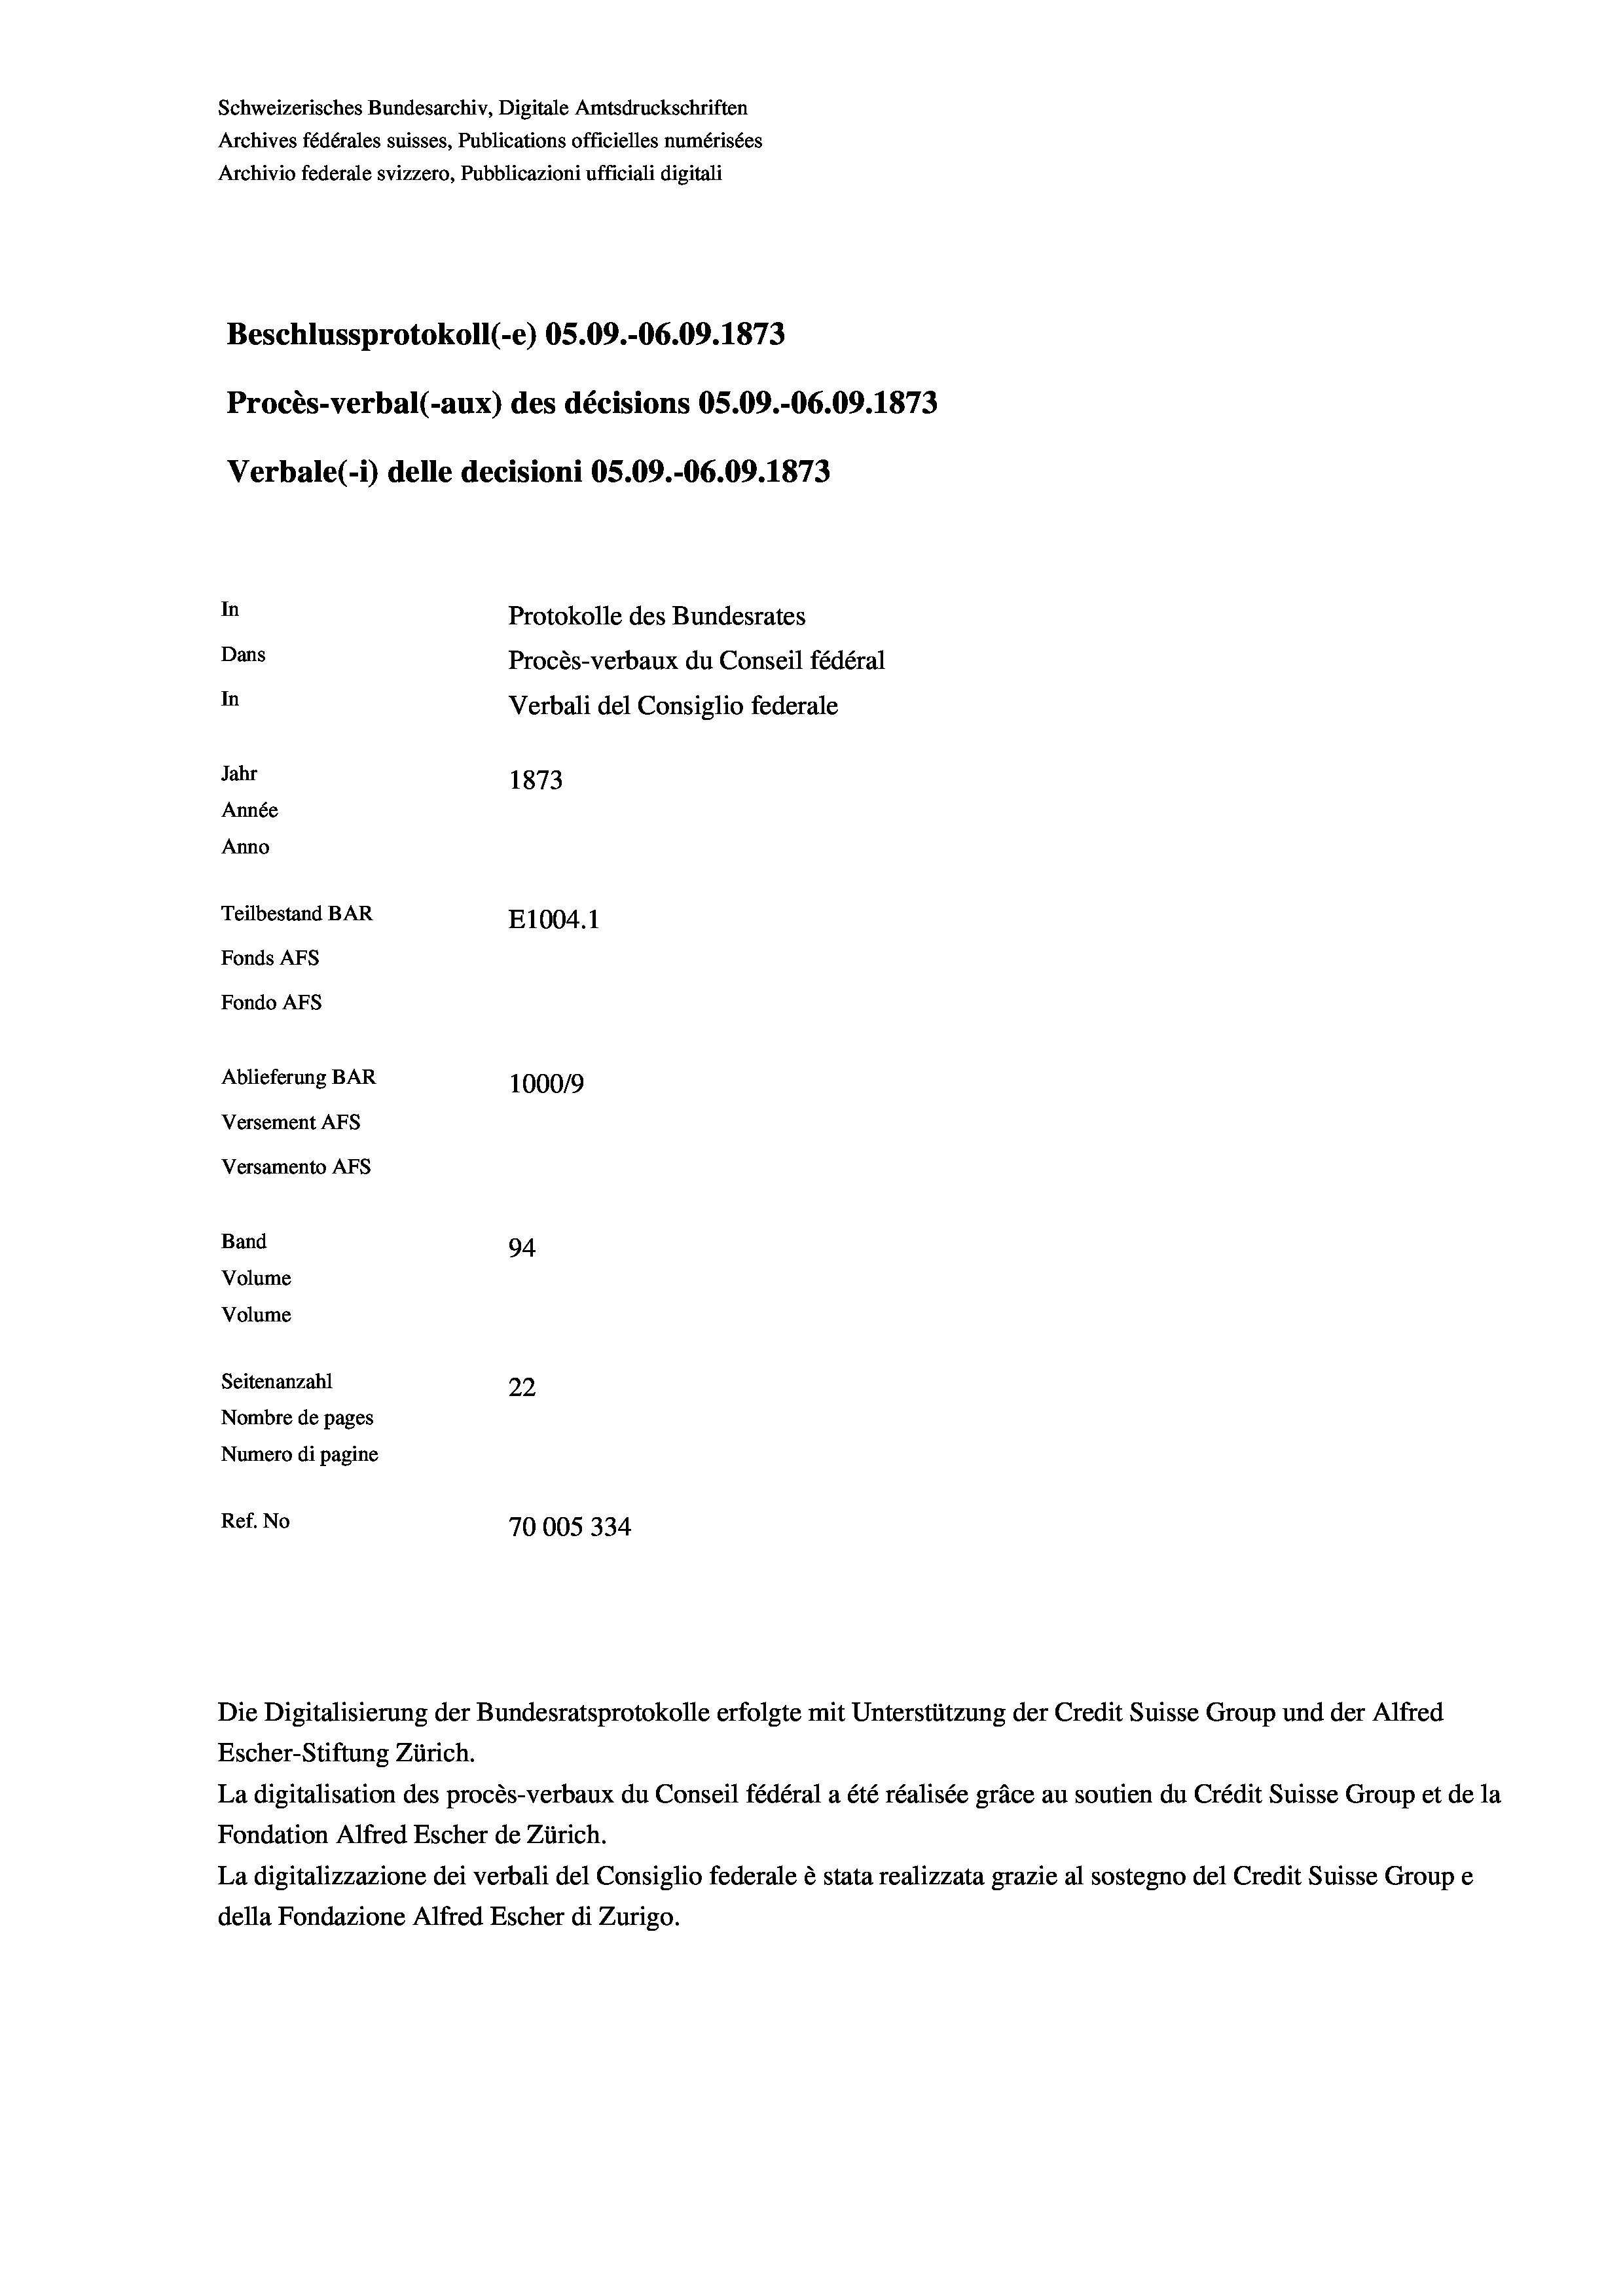
Schweizerisches Bundesarchiv, Digitale Amtsdruckschriften
Archives fédérales suisses, Publications officielles numérisées
Archivio federale svizzero, Pubblicazioni ufficiali digitali
Beschlussprotokoll (-e) OS.09.-06.09. 1873
Procès-verbal (-aux) des décisions OS.09.-06.09. 1873
Verbale(-*) delle decisioni OS.09.-06.09. 1873
In
Protokolle des Bundesrates
Dans
Procès-verbaux du Conseil fédéral
In
Verbali del Consiglio federale
Jahr
1873
Année
Anno
Teilbestand BAR
E1004. 1
Fonds Afs
Fondo AFS
Ablieferung BAR
100019
Versement AFs
Versamento Afs
Band
94.
Volume
Volume
Seitenanzahl
22
Nombre de pages
Numero di pagine
Ref. No
70005334

Escher-Stiftung Zürich.

Die Digitalisierung der Bundesratsprotokolle erfolgte mit Unterstützung der Credit Suisse Group und der Alfred

La digitalisation des procès-verbaux du Conseil fédéral a été réalisée gräce au soutien du Crédit Suisse Group et de la
Fondation Alfred Escher de Zürich.
La digitalizzazione dei verbali del Consiglio federale è stata realizzata grazie al sostegno del Credit Suisse Groupe
della Fondazione Alfred Escher di Zurigo.